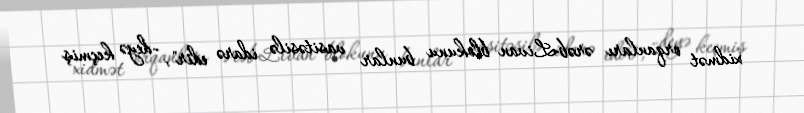
xidmət orqanları ərəb-Livan blokunu bunlar vasitəsilə idarə edir", -deyə keçmiş